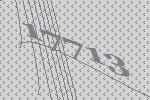
17713